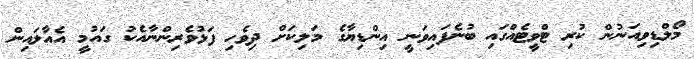
މޯލްޑިވިއަނުން ކުރި ޓްވީޓެއްގައި ބުނެފައިވަނީ އިންޑިޔާގެ މަލިކަށް ދިވެހި ފަޅުވެރިންނާއެކު ގައުމީ އެއާލައިން